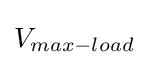
V_{max-load}